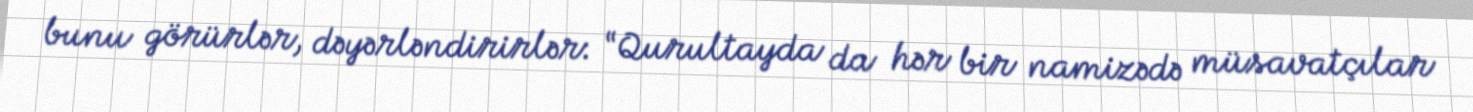
bunu görürlər, dəyərləndirirlər: “Qurultayda da hər bir namizədə müsavatçılar